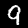
Digit: 9